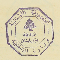
الجمهوريّة اللبْنانيَة - وزارة الدَاخليّة محَافظة جبَل لبنان